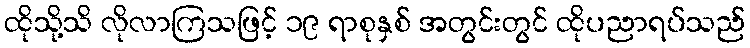
ထိုသို့သိ လိုလာကြသဖြင့် ၁၉ ရာစုနှစ် အတွင်းတွင် ထိုပညာရပ်သည်